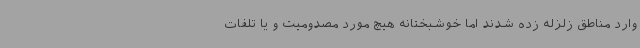
وارد مناطق زلزله زده شدند اما خوشبختانه هیچ مورد مصدومیت و یا تلفات